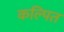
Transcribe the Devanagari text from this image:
कल्‍पित